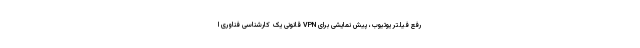
رفع فیلتر یوتیوب، پیش نمایشی برای VPN قانونی یک کارشناسی فناوری ا